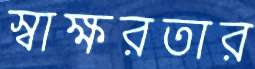
স্বাক্ষরতার